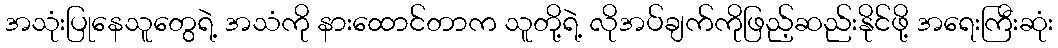
အသုံးပြုနေသူတွေရဲ့ အသံကို နားထောင်တာက သူတို့ရဲ့ လိုအပ်ချက်ကိုဖြည့်ဆည်းနိုင်ဖို့ အရေးကြီးဆုံး